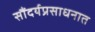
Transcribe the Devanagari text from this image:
सौंदर्यप्रसाधनात